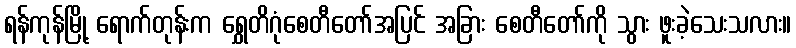
ရန်ကုန်မြို့ ရောက်တုန်းက ရွှေတိဂုံစေတီတော်အပြင် အခြား စေတီတော်ကို သွား ဖူးခဲ့သေးသလား။